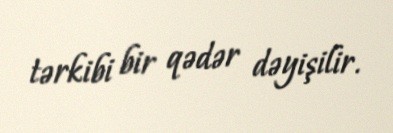
tərkibi bir qədər dəyişilir.